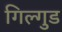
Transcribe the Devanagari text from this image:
गिल्गुड